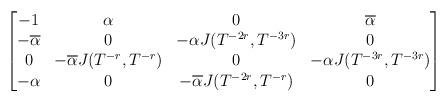
LaTeX: \begin{align*}\begin{bmatrix}-1&\alpha&0&\overline\alpha\\-\overline\alpha&0&-\alpha J(T^{-2r},T^{-3r})&0\\0&-\overline\alpha J(T^{-r},T^{-r})&0&-\alpha J(T^{-3r},T^{-3r})\\-\alpha&0&-\overline\alpha J(T^{-2r},T^{-r})&0\end{bmatrix}\end{align*}